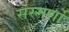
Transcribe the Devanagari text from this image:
संस्मर्णो